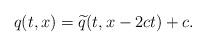
LaTeX: \begin{align*}q(t,x) = \widetilde q(t,x-2ct) + c.\end{align*}